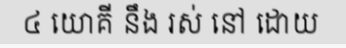
៤ យោគី នឹង រស់ នៅ ដោយ